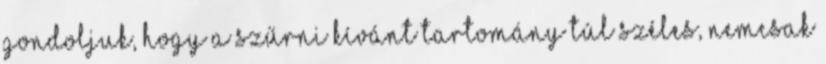
gondoljuk, hogy a szűrni kívánt tartomány túl széles, nemcsak